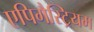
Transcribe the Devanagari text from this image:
एपिगैस्ट्रियम